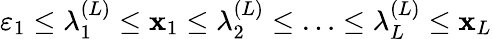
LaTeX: \varepsilon_{1}\leq\lambda_{1}^{(L)}\leq\mathbf{x}_{1}\leq\lambda_{2}^{(L)}\leq\ldots\leq\lambda_{L}^{(L)}\leq\mathbf{x}_{L}